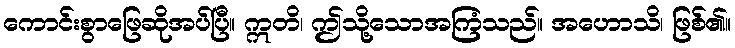
ကောင်းစွာဖြေဆိုအပ်ပြီ။ ဣတိ၊ ဤသို့သောအကြံသည်။ အဟောသိ၊ ဖြစ်၏။